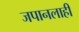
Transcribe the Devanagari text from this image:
जपानलाही